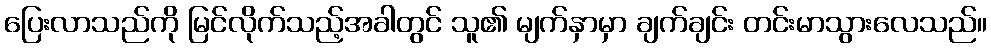
ပြေးလာသည်ကို မြင်လိုက်သည့်အခါတွင် သူ၏ မျက်နှာမှာ ချက်ချင်း တင်းမာသွားလေသည်။